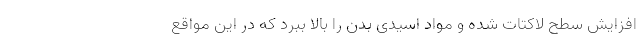
افزایش سطح لاکتات شده و مواد اسیدی بدن را بالا ببرد که در این مواقع